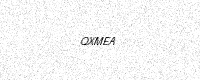
Text: QXMEA